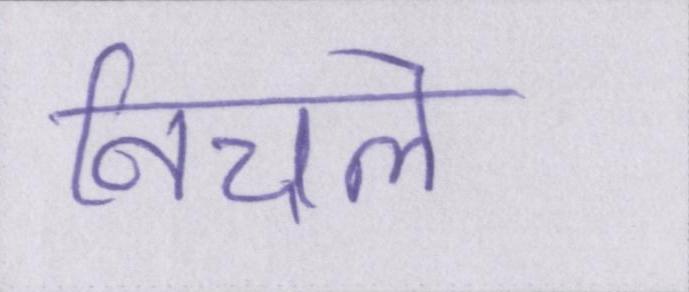
निचले